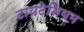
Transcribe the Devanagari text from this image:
टायटेनियम